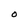
Character: O